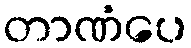
တာဏံပေ